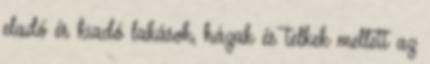
eladó és kiadó lakások, házak és telkek mellett az